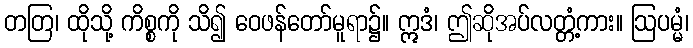
တတြ၊ ထိုသို့ ကိစ္စကို သိ၍ ဝေဖန်တော်မူရာ၌။ ဣဒံ၊ ဤဆိုအပ်လတ္တံ့ကား။ ဩပမ္မံ၊